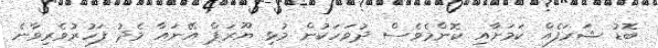
ބޮޑު ޝަރަފެއް ކަމަށާއި ކޮންމެވެސް ދުވަހަކުން މުޅި ޔޫރަޕް އޭނައާ މެދު ފަހުރުވެރިވާނެ